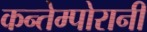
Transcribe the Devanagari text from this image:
कन्तेम्पोरानी